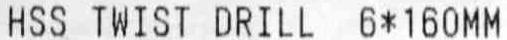
HSS TWIST DRILL 6*160MM